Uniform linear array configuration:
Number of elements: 48
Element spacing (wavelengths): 0.25
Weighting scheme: uniform
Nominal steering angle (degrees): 45
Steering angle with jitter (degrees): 44.001
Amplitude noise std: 0.05
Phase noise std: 0.05

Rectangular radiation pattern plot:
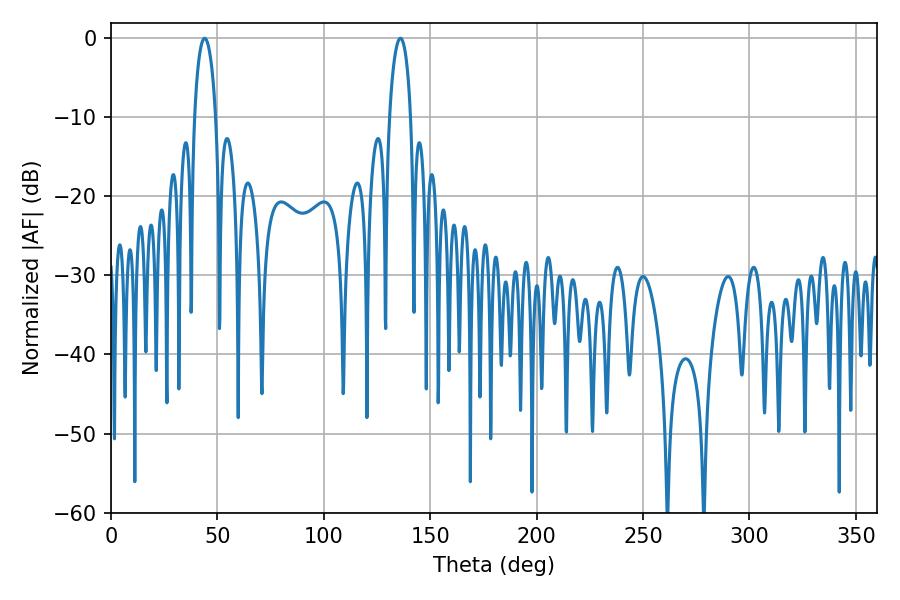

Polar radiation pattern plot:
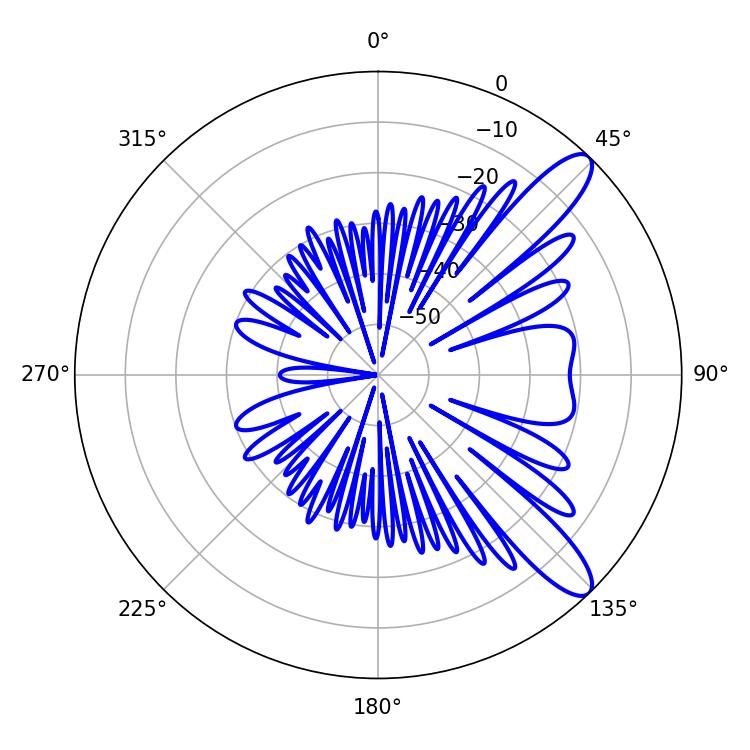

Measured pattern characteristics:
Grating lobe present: FALSE
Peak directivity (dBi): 10.911
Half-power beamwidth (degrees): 5.76
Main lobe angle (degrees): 43.92